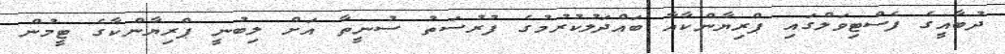
ދުބާއީގެ ފެސްޓިވަލްގައި ޕްރިޔާންކާއާ ބައްދަލުކުރުމުގެ ފުރުސަތު ސުނީތާ އަށް ލިބުނީ ޕްރިޔާންކާގެ ޓީމުން